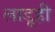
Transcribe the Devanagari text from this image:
लाडूही